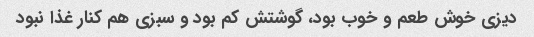
دیزی خوش طعم و خوب بود، گوشتش کم بود و سبزی هم کنار غذا نبود